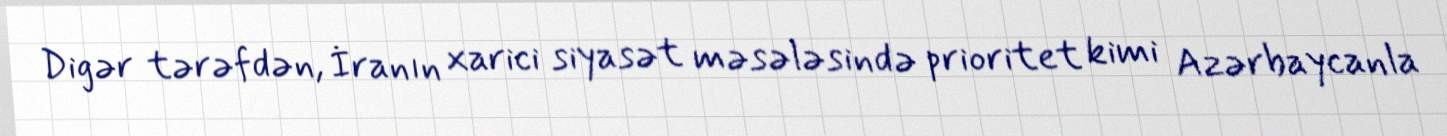
Digər tərəfdən, İranın xarici siyasət məsələsində prioritet kimi Azərbaycanla